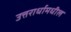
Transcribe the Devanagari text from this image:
उत्तरार्धामधील